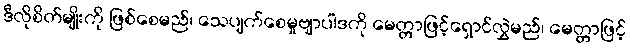
ဒီလိုစိတ်မျိုးကို ဖြစ်စေမည်၊ သေပျက်စေမှုဗျာပါဒကို မေတ္တာဖြင့်ရှောင်လွှဲမည်၊ မေတ္တာဖြင့်